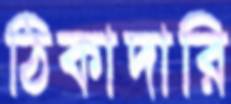
ঠিকাদারি